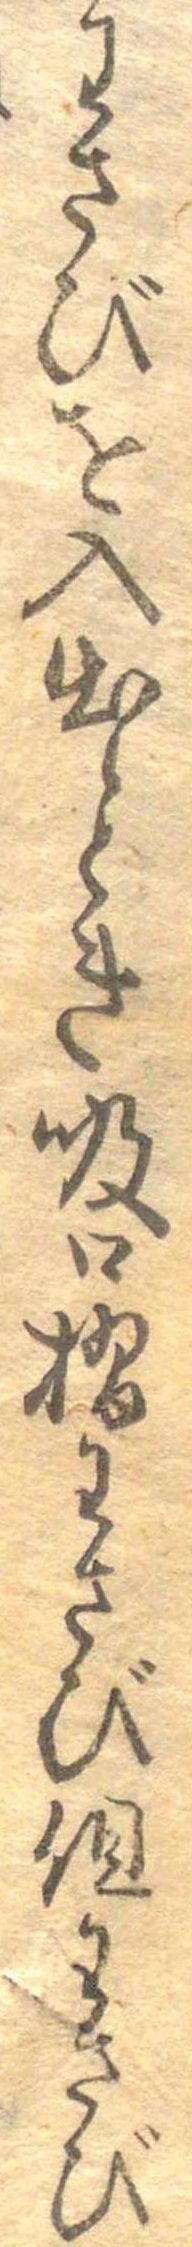
わさびを入出とき吸口摺わさび組わさび